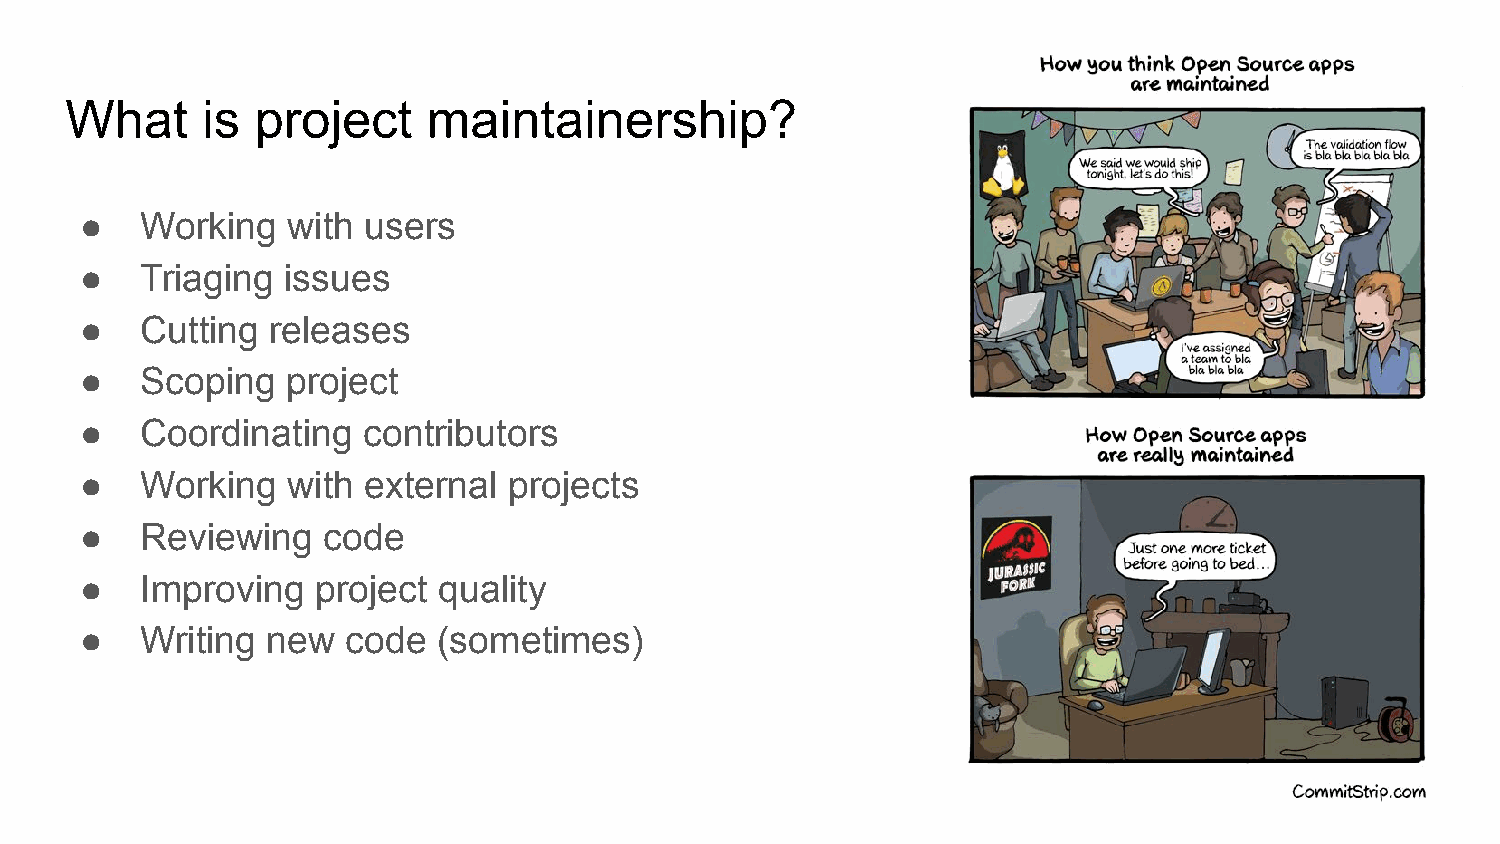
What     is  project    maintainership?
 ●   Working   with users
 ●   Triaging  issues
 ●   Cutting  releases
 ●   Scoping   project
 ●   Coordinating   contributors
 ●   Working   with external  projects
 ●   Reviewing   code
 ●   Improving   project quality
 ●   Writing  new  code  (sometimes)